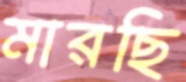
মারছি